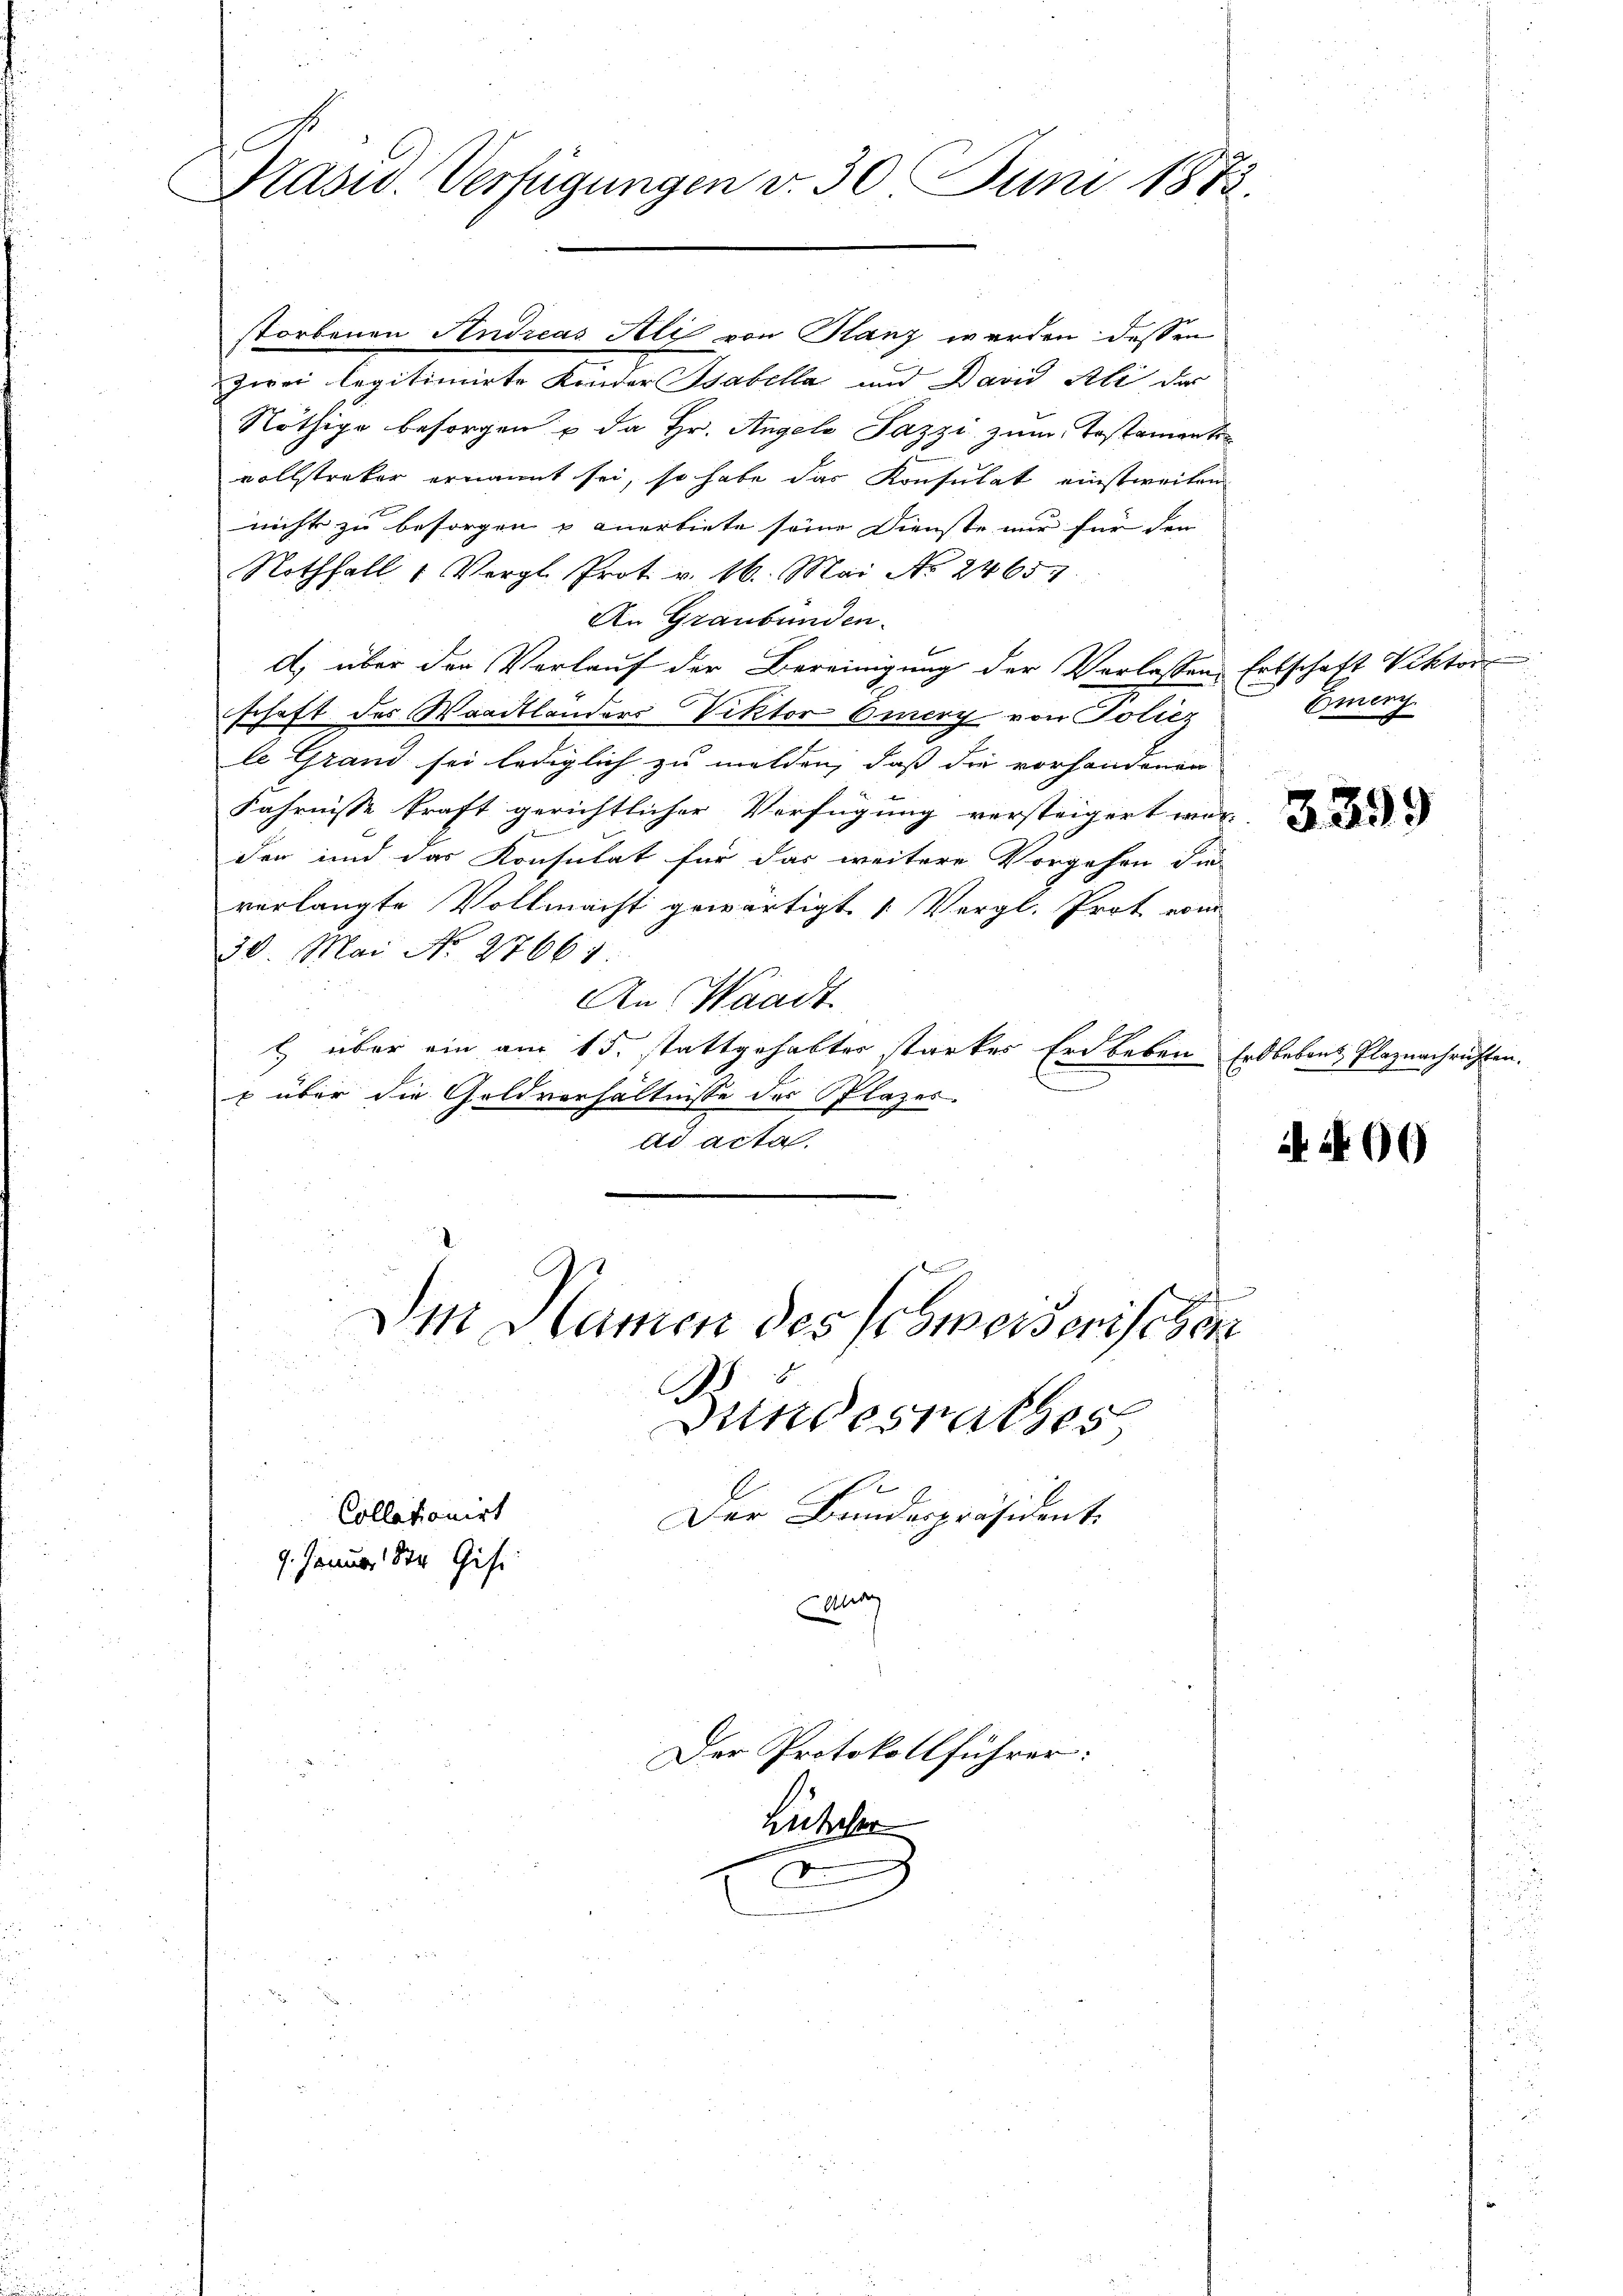
¬
Präsid. Verfügungen v. 30 Juni 1873.

storbenen Andreas Ali von Glanz werden dessen
zwei legitimirte Kinder Tabella und David Ali der
Nöthige besorgen u da Hr. Angelo Pazzi zum Testamente
vollstreker ernannt sei, so habe das Konsulat einstweilen
nicht zu besorgen & anerbiete seine Dienste nur für den
Nothfall 1 Vergl. Prot. v. 16. Mai No 2465.
An Graubünden.
d) über den Verlauf der Bereinigung der Verlassen Ertschaft Viktor
schaft des Waadtländers Viktor Eurery von Poliez
le Grand sei lediglich zu melden, daß die vorhandenen
Fahrnisse kraft gerichtlicher Verfügung versteigert wur-
der und das Konsulat für das weitere Vorgehen die
verlangte Vollmacht gewärtigt 1. Vergl. Prot vom
30. Mai No 27661.
An Waadt
l über ein am 15. stattgehabter starker Erdbeben Erdbebens Plaznachrichten.
p über die Goldverhältnisse des Plazes.
Ad acta
Dis Samen des schweiserischen

undesrathes
Collationirt
Der Bundespräsident.
9. Januar der Gisi
Aatha

Der Protokollführer:
Zusehen

u
Emeri

3399

i

4400